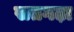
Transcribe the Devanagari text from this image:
सतगढ़ा